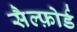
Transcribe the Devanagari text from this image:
सैल्फ़ोर्ड